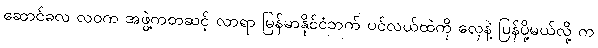
ဆောင်ခလ လဝက အဖွဲ့ကတဆင့် လာရာ မြန်မာနိုင်ငံဘက် ပင်လယ်ထဲကို လှေနဲ့ ပြန်ပို့မယ်လို့ က